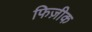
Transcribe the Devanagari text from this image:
फिज़ीक